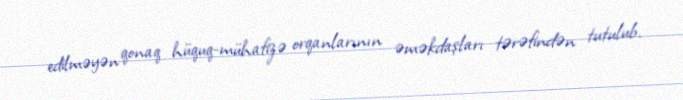
edilməyən qonaq hüquq-mühafizə orqanlarının əməkdaşları tərəfindən tutulub.